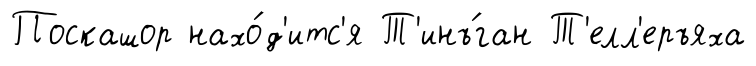
Поскашор нахо́д'итс'я Т'инъ́ган Т'елл'еръяха